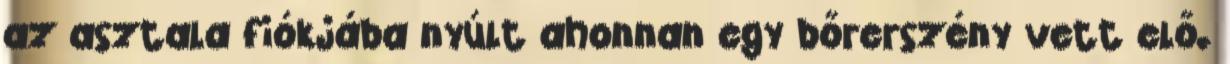
az asztala fiókjába nyúlt ahonnan egy bőrerszény vett elő.